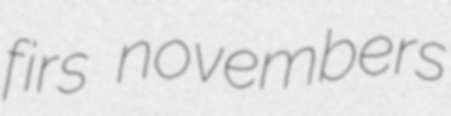
firs novembers